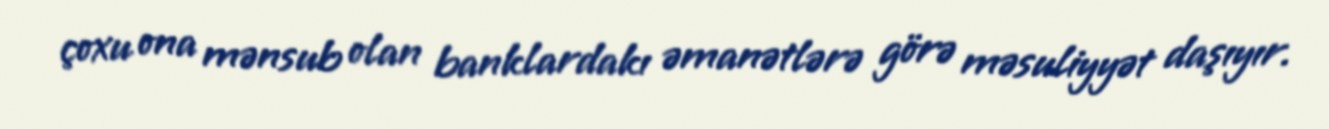
çoxu ona mənsub olan banklardakı əmanətlərə görə məsuliyyət daşıyır.